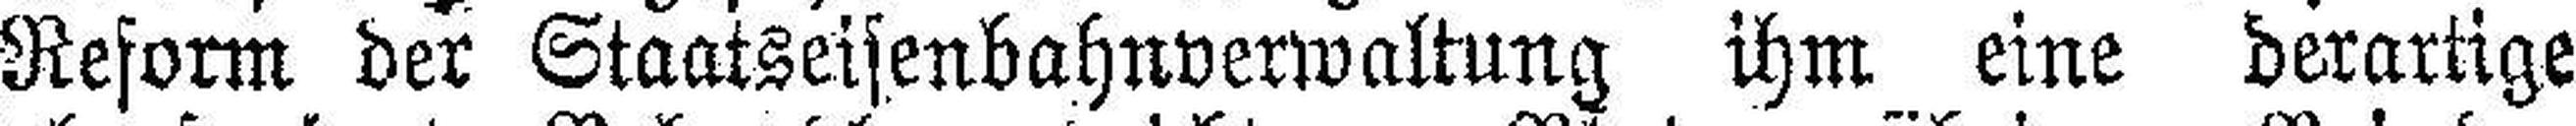
Reform der Staatseisenbahnverwaltung ihm eine derartige